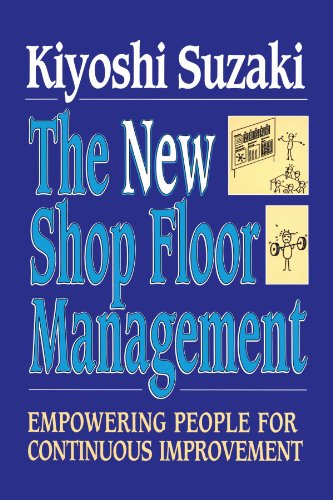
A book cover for New Shop Floor Management: Empowering People for Continuous Improvement; Kiyoshi Suzaki; Business & Money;